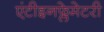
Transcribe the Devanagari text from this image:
एंटीइनफ्लेमेटरी